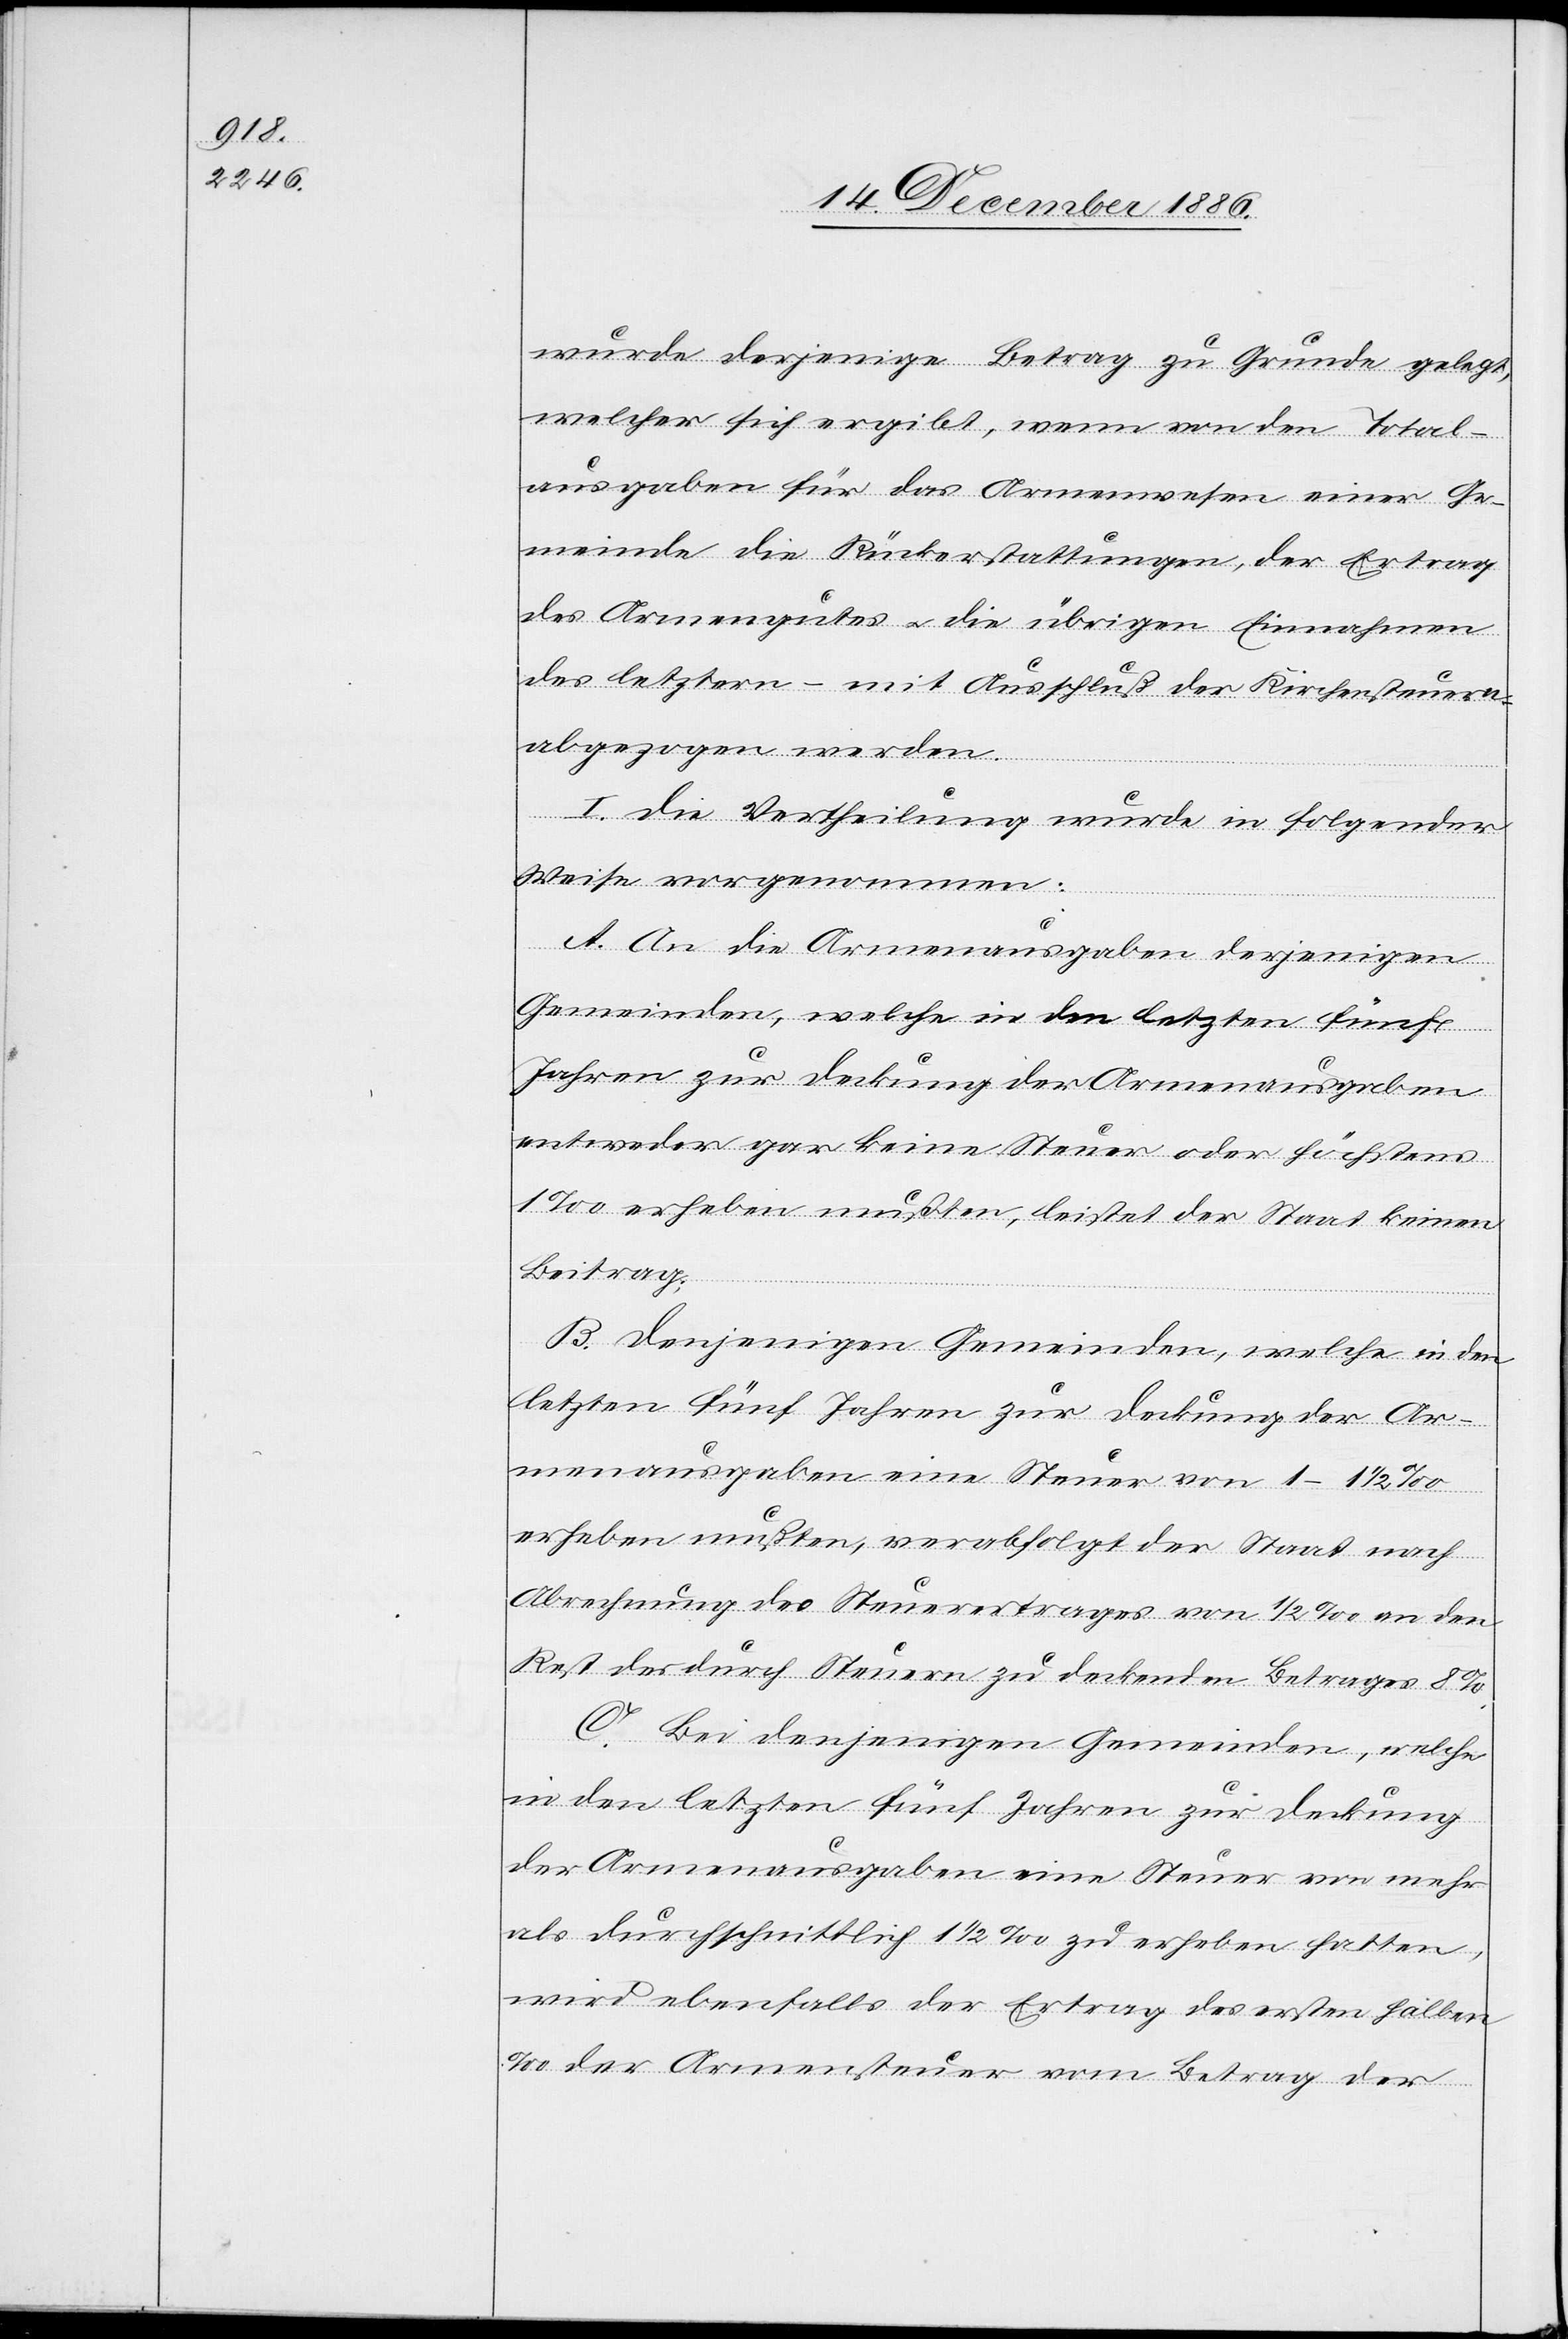
wurde derjenige Betrag zu Grunde gelegt,
welcher sich ergibt, wenn von den Total¬
ausgaben für das Armenwesen einer Ge¬
meinde die Rückerstattungen, der Ertrag
des Armengutes & die übrigen Einnahmen
des letztern – mit Ausschluß der Kirchensteuern
abgezogen werden.
I. Die Vertheilung wurde in folgender
Weise vorgenommen:
A. An die Armenausgaben derjenigen
Gemeinden, welche in den letzten fünf
Jahren zur Deckung der Armenausgaben
entweder gar keine Steuer oder höchstens
1‰ erheben mußten, leistet der Staat keinen
Beitrag;
B. Denjenigen Gemeinden, welche in den
letzten fünf Jahren zur Deckung der Ar¬
menausgaben eine Steuer von 1–1 1/2‰
erheben mußten, verabfolgt der Staat nach
Abrechnung des Steuerertrages von 1/2‰ an den
Rest des durch Steuern zu deckenden Betrages 8%.
C. Bei denjenigen Gemeinden, welche
in den letzten fünf Jahren zur Deckung
der Armenausgaben eine Steuer von mehr
als durchschnittlich 1 1/2‰ zu erheben hatten,
wird ebenfalls der Ertrag des ersten halben
‰ der Armensteuer vom Betrag der